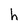
Character: h